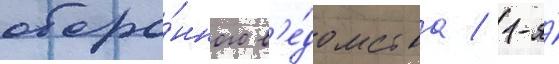
оборо́нного в'е́домства / 1-я́